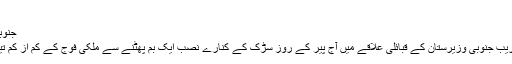
(02.07.2011)
جنوبی وزیرستان میں بم دھماکہ، تین فوجی ہلاک
شمال مغربی پاکستان میں افغان سرحد کے قریب جنوبی وزیرستان کے قبائلی علاقے میں آج پیر کے روز سڑک کے کنارے نصب ایک بم پھٹنے سے ملکی فوج کے کم از کم تین سپاہی ہلاک اور چار دیگر زخمی ہو گئے۔